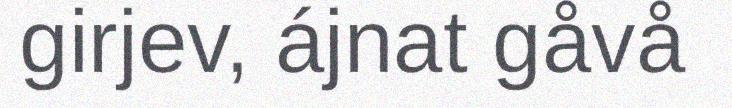
girjev, ájnat gåvå